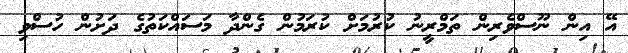
އޭ އިން ނޫސްވެރިން ތަމްރީނު ކުރުމަށް ކުރަމުން ގެންދާ މަސައްކަތުގެ ދަށުން ހުސްވި